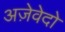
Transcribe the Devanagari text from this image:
अज़ेवेदो